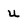
Character: u